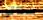
ستأتى